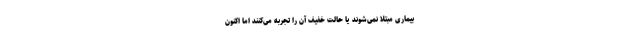
بیماری مبتلا نمی‌شوند یا حالت خفیف آن را تجربه می‌کنند اما اکنون